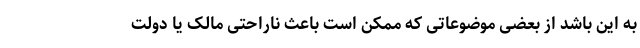
به این باشد از بعضی موضوعاتی که ممکن است باعث ناراحتی مالک یا دولت